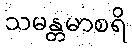
သမန္တမာစရိ